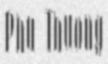
Phu Thuong